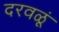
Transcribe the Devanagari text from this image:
दरवळूं